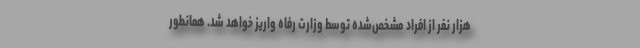
هزار نفر از افراد مشخص‌شده توسط وزارت رفاه واریز خواهد شد. همانطور